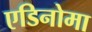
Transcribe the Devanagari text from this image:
एडिनोमा